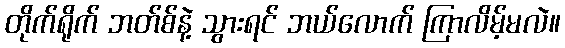
တိုက်ရိုက် ဘတ်စ်နဲ့ သွားရင် ဘယ်လောက် ကြာလိမ့်မလဲ။